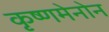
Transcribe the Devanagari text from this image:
कृष्णमेनोन